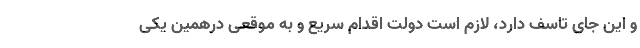
و این جای تاسف دارد، لازم است دولت اقدام سریع و به موقعی درهمین یکی